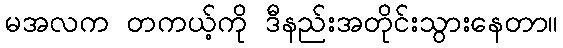
မအလက တကယ့်ကို ဒီနည်းအတိုင်းသွားနေတာ။